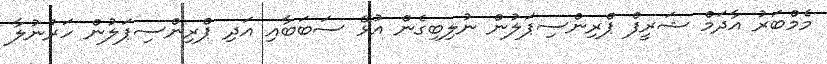
މެމްބަރު އާދަމް ޝަރީފް ޕްރިންސިޕަލުން ނުލިބިގެން އުޅޭ ސަބަބާއި އަދި ޕްރިންސިޕަލުން ހަރުނުލާ